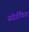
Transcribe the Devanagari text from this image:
स्पोर्टफिश